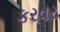
કરવર